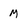
Character: M